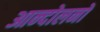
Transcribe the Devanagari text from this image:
आन्‍दोलनों